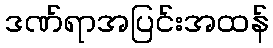
ဒဏ်ရာအပြင်းအထန်